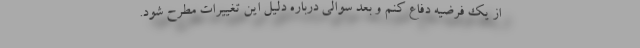
از یک فرضیه دفاع کنم و بعد سوالی درباره دلیل این تغییرات مطرح شود.